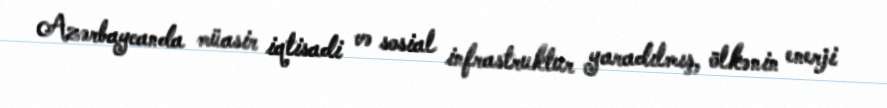
Azərbaycanda müasir iqtisadi və sosial infrastruktur yaradılmış, ölkənin enerji